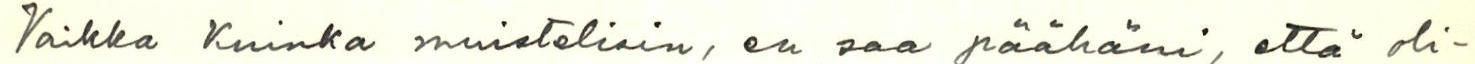
Vaikka Kuinka muistelisin, en saa päähäni, että oli-